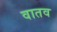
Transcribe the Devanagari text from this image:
वातव